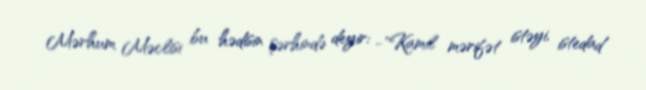
Mərhum Məclisi bu hədisin şərhində deyir: -"Kamil mərifət istəyi, istedad